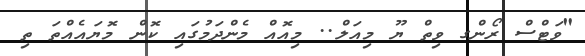
"ވަޓްސް ރޯންގ ވިތް ޔޫ މިއަލް.. މިއޮއް މެންދަމުގައި ކޮން މޮޔައެއްތަ ތި